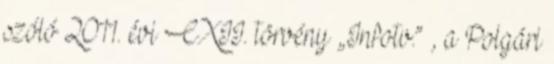
szóló 2011. évi CXII. törvény „Infotv.” , a Polgári